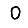
Digit: 0